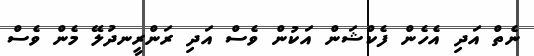
ނެތް އަދި އެހެން ފެކްޝަން އަކުން ވެސް އަދި ރަންރީނދުލޭ މެން ވެސް